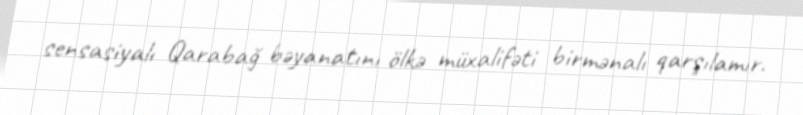
sensasiyalı Qarabağ bəyanatını ölkə müxalifəti birmənalı qarşılamır.